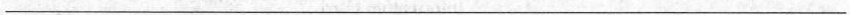
___